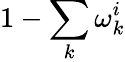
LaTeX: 1-\sum_{k}\omega_{k}^{i}